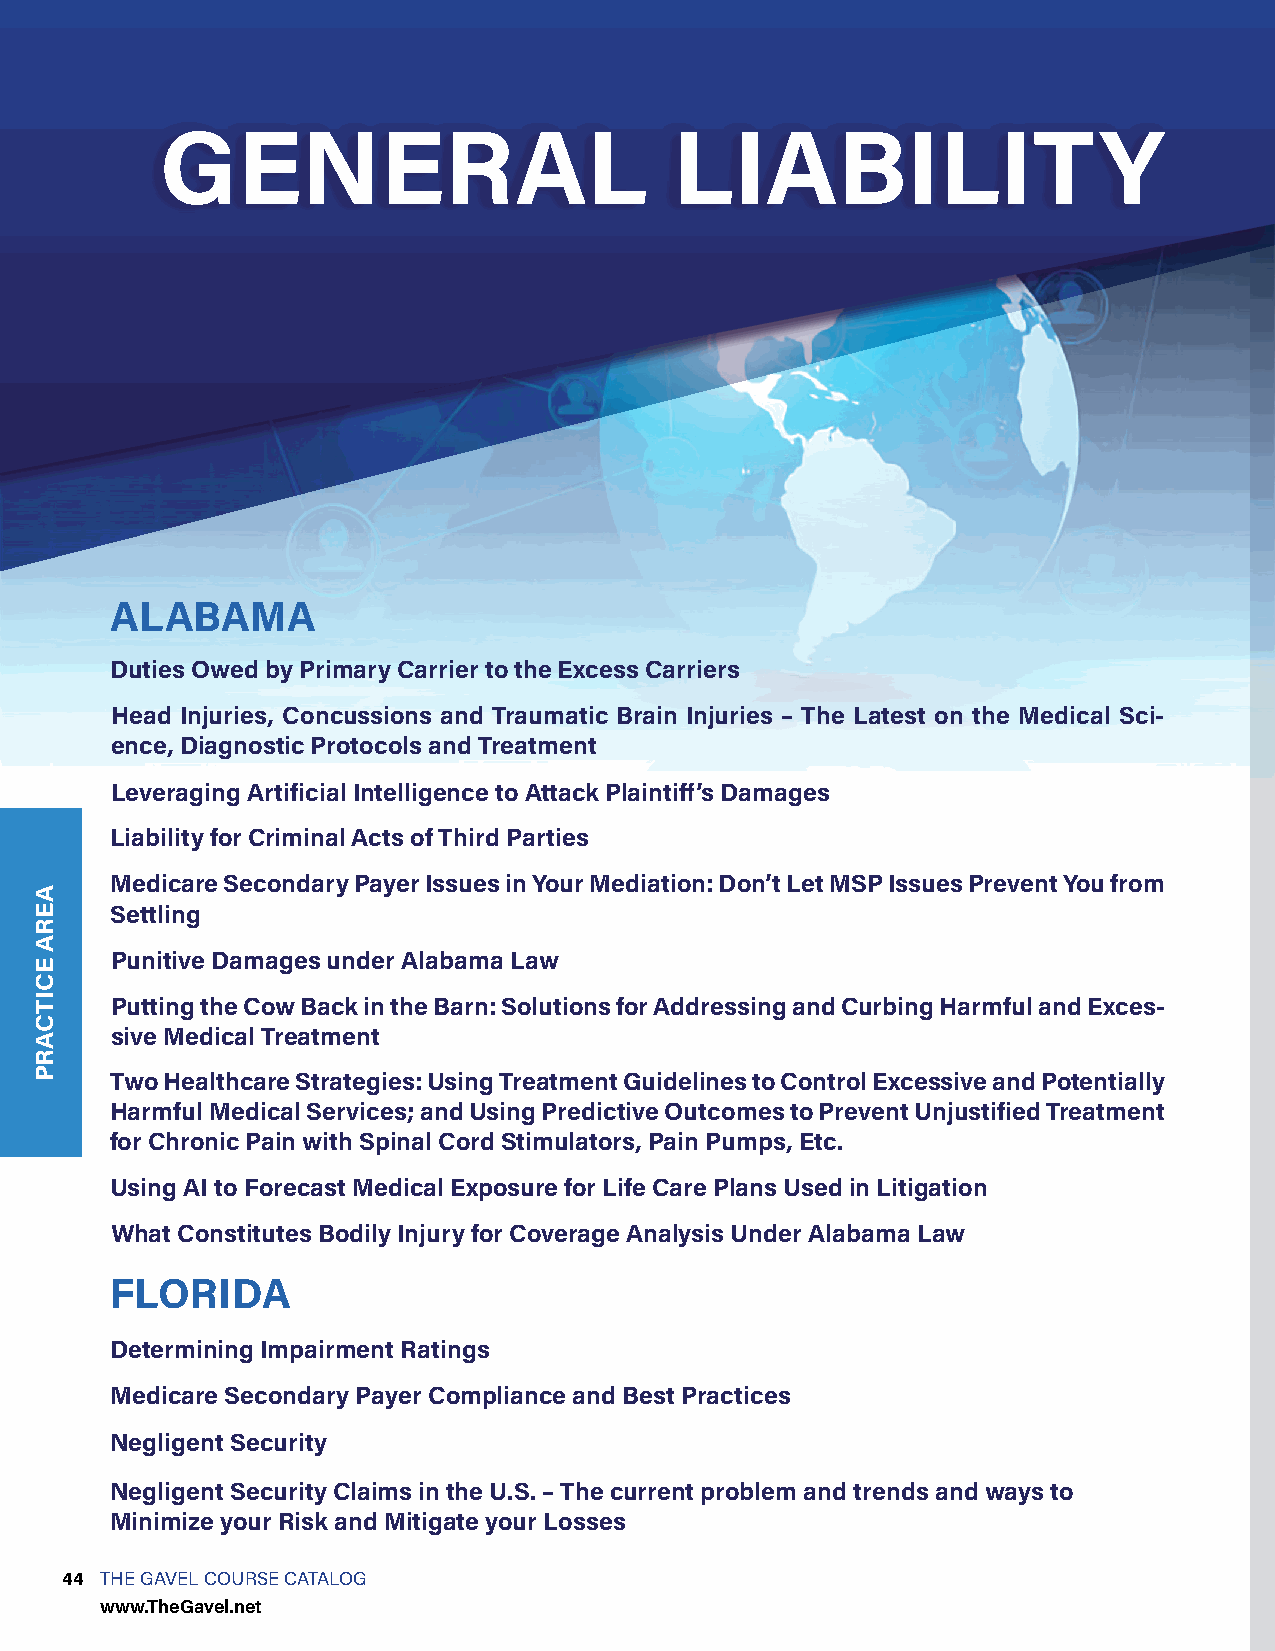
GENERAL                           LIABILITY
 ALABAMA
 Duties Owed by Primary Carrier to the Excess Carriers
 Head Injuries, Concussions and Traumatic Brain Injuries – The Latest on the Medical Sci-
 ence, Diagnostic Protocols and Treatment
 Leveraging Artificial Intelligence to Attack Plaintiff’s Damages
 Liability for Criminal Acts of Third Parties
 Medicare Secondary Payer Issues in Your Mediation: Don’t Let MSP Issues Prevent You from
 Settling
 Punitive Damages under Alabama Law
 Putting the Cow Back in the Barn: Solutions for Addressing and Curbing Harmful and Exces-
 sive Medical Treatment
 Two Healthcare Strategies: Using Treatment Guidelines to Control Excessive and Potentially
 Harmful Medical Services; and Using Predictive Outcomes to Prevent Unjustified Treatment
 for Chronic Pain with Spinal Cord Stimulators, Pain Pumps, Etc.
 Using AI to Forecast Medical Exposure for Life Care Plans Used in Litigation
 What Constitutes Bodily Injury for Coverage Analysis Under Alabama Law
 FLORIDA
 Determining Impairment Ratings
 Medicare Secondary Payer Compliance and Best Practices
 Negligent Security
 Negligent Security Claims in the U.S. – The current problem and trends and ways to
 Minimize your Risk and Mitigate your Losses
 44 THE GAVEL COURSE CATALOG
 www.TheGavel.net
 AERA
 ECITCARP